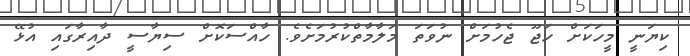
ކިޔަނީ މީހަކަށް ހަޖޫ ޖެހުމަށް ނުވަތަ މަލާމާތްކުރުމަށެވެ. ހާއްސަކޮށް ސިޔާސީ ދާއިރާގައި އުޅޭ